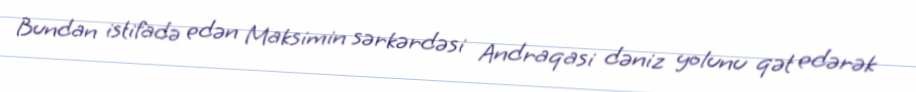
Bundan istifadə edən Maksimin sərkərdəsi Andraqasi dəniz yolunu qət edərək